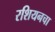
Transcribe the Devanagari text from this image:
रशियनचा